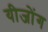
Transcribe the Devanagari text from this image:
यीजोंग